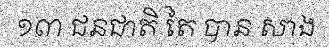
១៣ ជនជាតិ តៃ បាន សាង